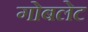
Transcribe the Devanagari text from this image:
गोबलेट